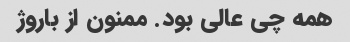
همه چی عالی بود. ممنون از باروژ